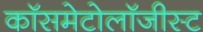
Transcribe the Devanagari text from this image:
कॉसमेटोलॉजीस्ट